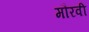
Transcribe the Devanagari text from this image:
मौरवी